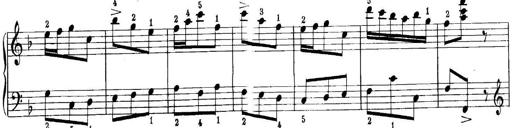
Title: Quatres sonatines
Composer: Tadeusz Joteyko